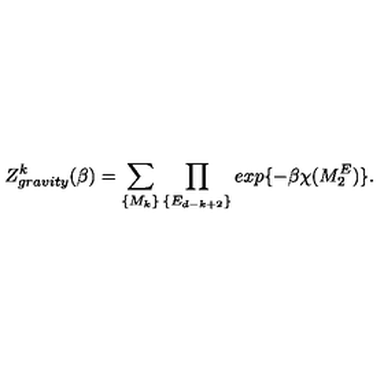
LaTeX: Z _ { g r a v i t y } ^ { k } ( \beta ) = \sum _ { \{ M _ { k } \} } \prod _ { \{ E _ { d - k + 2 } \} } e x p \{ - \beta \chi ( M _ { 2 } ^ { E } ) \} .